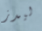
ليدز